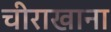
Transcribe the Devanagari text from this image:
चीराखाना